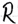
Text: R